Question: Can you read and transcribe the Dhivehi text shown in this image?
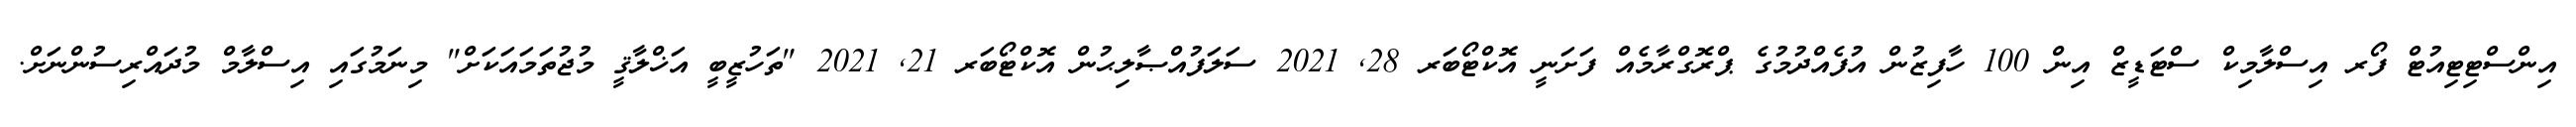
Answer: އިންސްޓިޓިއުޓް ފޯރ އިސްލާމިކް ސްޓަޑީޒް އިން 100 ހާފިޒުން އުފެއްދުމުގެ ޕްރޮގްރާމެއް ފަށަނީ އޮކްޓޯބަރ 28, 2021 ސަލަފުއްޞާލިޙުން އޮކްޓޯބަރ 21, 2021 "ތަހުޒީބީ އަޚްލާޤީ މުޖުތަމައަކަށް" މިނަމުގައި އިސްލާމް މުދައްރިސުންނަށް.